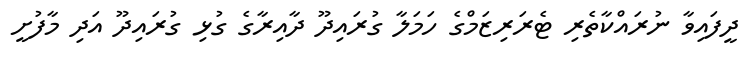
ދީފައިވާ ނުރައްކާތެރި ޓެރަރިޒަމްގެ ހަމަލާ ގުރައިދޫ ދާއިރާގެ ގުޅި ގުރައިދޫ އަދި މާފުށީ